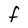
Character: F